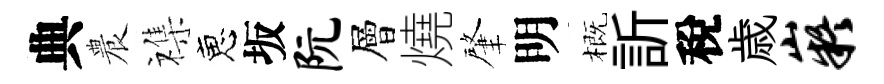
典農襍恵坂阮層燒肇明概訢稅歳嶷